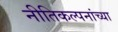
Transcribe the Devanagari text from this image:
नीतिकल्पनांच्या